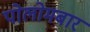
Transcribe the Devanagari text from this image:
पोलोमबार